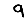
Digit: 9